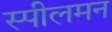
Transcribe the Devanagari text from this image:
स्पीलमन